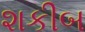
શકીબ